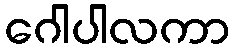
ဂေါပါလကာ